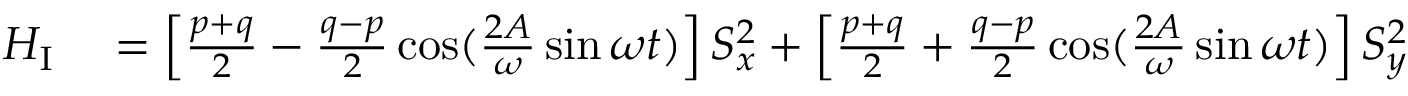
\begin{array} { r l } { H _ { \mathrm { I } } } & { { } = \left[ \frac { p + q } { 2 } - \frac { q - p } { 2 } \cos ( \frac { 2 A } { \omega } \sin \omega t ) \right] S _ { x } ^ { 2 } + \left[ \frac { p + q } { 2 } + \frac { q - p } { 2 } \cos ( \frac { 2 A } { \omega } \sin \omega t ) \right] S _ { y } ^ { 2 } } \end{array}